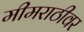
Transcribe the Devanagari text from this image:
मीमराठीवर